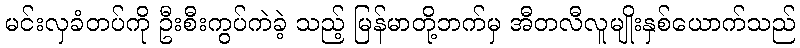
မင်းလှခံတပ်ကို ဦးစီးကွပ်ကဲခဲ့ သည့် မြန်မာတို့ဘက်မှ အီတလီလူမျိုးနှစ်ယောက်သည်